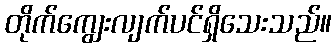
တိုက်ကျွေးလျက်ပင်ရှိသေးသည်။